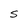
Character: S